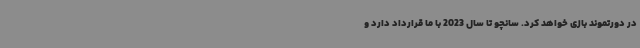
در دورتموند بازی خواهد کرد. سانچو تا سال 2023 با ما قرارداد دارد و